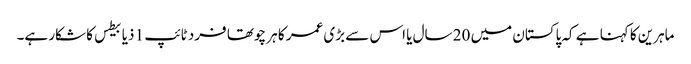
ماہرین کا کہنا ہے کہ پاکستان میں 20 سال یا اس سے بڑی عمر کا ہر چوتھا فرد ٹائپ 1 ذیابیطس کا شکار ہے۔